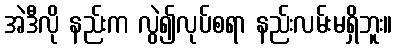
အဲဒီလို နည်းက လွဲ၍လုပ်စရာ နည်းလမ်းမရှိဘူး။